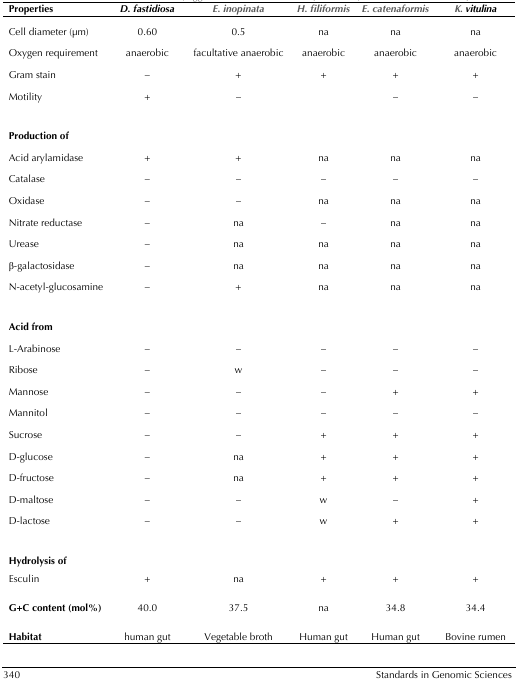
| Properties | D. fastidiosa | E. inopinata | H. filiformis | E. catenaformis | K. vitulina |
 | --- | --- | --- | --- | --- | --- |
 | Cell diameter (μm) | 0.60 | 0.5 | na | na | na |
 | Oxygen requirement | anaerobic | facultative anaerobic | anaerobic | anaerobic | anaerobic |
 | Gram stain | – | + | + | + | + |
 | Motility | + | – |  | – | – |
 | Production of |  |  |  |  |  |
 | Acid arylamidase | + | + | na | na | na |
 | Catalase | – | – | – | – | – |
 | Oxidase | – | – | na | na | na |
 | Nitrate reductase | – | na | – | na | na |
 | Urease | – | na | na | na | na |
 | β-galactosidase | – | na | na | na | na |
 | N-acetyl-glucosamine | – | + | na | na | na |
 | Acid from |  |  |  |  |  |
 | L-Arabinose | – | – | – | – | – |
 | Ribose | – | w | – | – | – |
 | Mannose | – | – | – | + | + |
 | Mannitol | – | – | – | – | – |
 | Sucrose | – | – | + | + | + |
 | D-glucose | – | na | + | + | + |
 | D-fructose | – | na | + | + | + |
 | D-maltose | – | – | w | – | + |
 | D-lactose | – | – | w | + | + |
 | Hydrolysis of |  |  |  |  |  |
 | Esculin | + | na | + | + | + |
 | G+C content (mol%) | 40.0 | 37.5 | na | 34.8 | 34.4 |
 | Habitat | human gut | Vegetable broth | Human gut | Human gut | Bovine rumen |